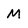
Character: M